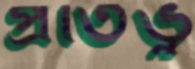
প্রতিভু